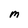
Character: M